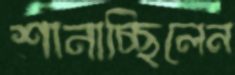
শানাচ্ছিলেন